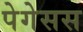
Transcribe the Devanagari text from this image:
पेगेसस